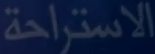
الاستراحة